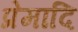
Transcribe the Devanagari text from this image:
प्रेमादि